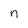
Character: n